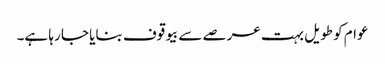
عوام کو طویل بہت عرصے سے بیوقوف بنایا جا رہا ہے۔